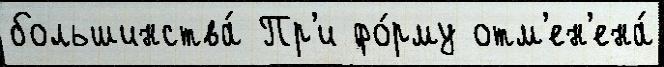
большинства́ Пр'и фо́рму отм'ен'ена́